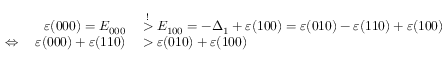
\begin{array} { r l } { \varepsilon ( 0 0 0 ) = E _ { 0 0 0 } } & { { } \stackrel { ! } { > } E _ { 1 0 0 } = - \Delta _ { 1 } + \varepsilon ( 1 0 0 ) = \varepsilon ( 0 1 0 ) - \varepsilon ( 1 1 0 ) + \varepsilon ( 1 0 0 ) } \\ { \Leftrightarrow \quad \varepsilon ( 0 0 0 ) + \varepsilon ( 1 1 0 ) } & { { } > \varepsilon ( 0 1 0 ) + \varepsilon ( 1 0 0 ) } \end{array}